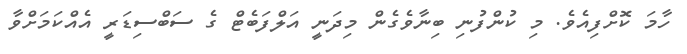
ހާމަ ކޮށްފިއެވެ. މި ކުންފުނި ބިނާވެގެން މިދަނީ އަލްފަބެޓް ގެ ސަބްސިޑަރީ އެއްކަމަށްވާ